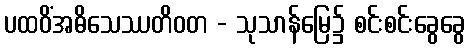
ပထဝိံအဓိသေဿတိဝတ - သုသာန်မြေ၌ စင်းစင်းခွေခွေ